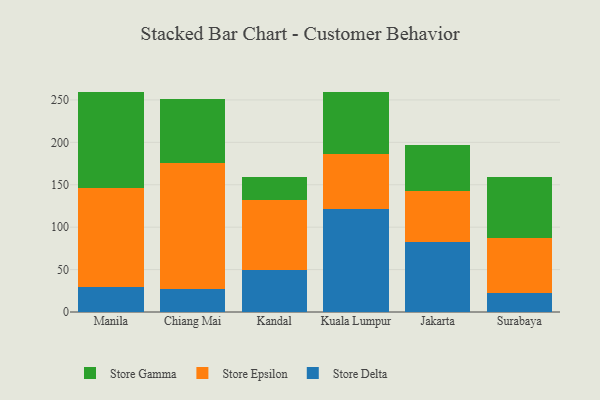
{"axis": {"x": "City", "y": "Conversion Rate (%)"}, "legend": ["Store Delta", "Store Epsilon", "Store Gamma"], "data": [{"x": "Manila", "y": 29.0, "type": "Store Delta"}, {"x": "Manila", "y": 117.0, "type": "Store Epsilon"}, {"x": "Manila", "y": 113.1, "type": "Store Gamma"}, {"x": "Chiang Mai", "y": 27.7, "type": "Store Delta"}, {"x": "Chiang Mai", "y": 148.5, "type": "Store Epsilon"}, {"x": "Chiang Mai", "y": 75.4, "type": "Store Gamma"}, {"x": "Kandal", "y": 50.1, "type": "Store Delta"}, {"x": "Kandal", "y": 81.8, "type": "Store Epsilon"}, {"x": "Kandal", "y": 26.9, "type": "Store Gamma"}, {"x": "Kuala Lumpur", "y": 122.0, "type": "Store Delta"}, {"x": "Kuala Lumpur", "y": 64.8, "type": "Store Epsilon"}, {"x": "Kuala Lumpur", "y": 73.0, "type": "Store Gamma"}, {"x": "Jakarta", "y": 83.0, "type": "Store Delta"}, {"x": "Jakarta", "y": 59.9, "type": "Store Epsilon"}, {"x": "Jakarta", "y": 54.4, "type": "Store Gamma"}, {"x": "Surabaya", "y": 22.8, "type": "Store Delta"}, {"x": "Surabaya", "y": 64.2, "type": "Store Epsilon"}, {"x": "Surabaya", "y": 71.9, "type": "Store Gamma"}]}